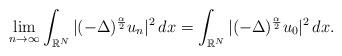
LaTeX: \begin{align*}\lim_{n\rightarrow\infty}\int_{\mathbb{R}^{N}}|(-\Delta)^{\frac{\alpha}{2}}u_{n}|^2\,dx=\int_{\mathbb{R}^{N}}|(-\Delta)^{\frac{\alpha}{2}}u_{0}|^2\,dx. \end{align*}